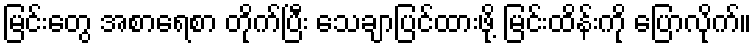
မြင်းတွေ အစာရေစာ တိုက်ပြီး သေချာပြင်ထားဖို့ မြင်းထိန်းကို ပြောလိုက်။